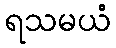
ရသမယံ